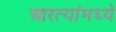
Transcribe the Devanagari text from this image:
आरत्यांमध्ये